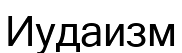
Иудаизм